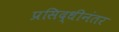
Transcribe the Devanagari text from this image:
प्रसिद्धीनंतर